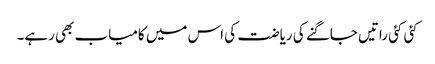
کئی کئی راتیں جاگنے کی ریاضت کی اس میں کامیاب بھی رہے۔